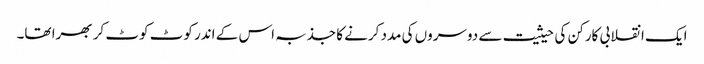
ایک انقلابی کارکن کی حیثیت سے دوسروں کی مدد کرنے کا جذبہ اس کے اندر کوٹ کوٹ کر بھرا تھا۔